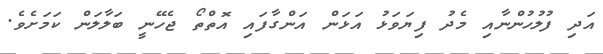
އަދި ފުލުހުންނާއި މެދު ފިޔަވަޅު އަޅަން އަންގާފައި އޮތްތޯ ޖެހޭނީ ބަލާލަން ކަމަށެވެ.